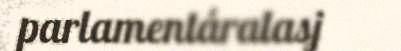
parlamentáralasj